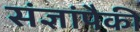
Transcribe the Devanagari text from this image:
संज्ञांपैकी